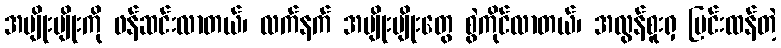
အမျိုးမျိုးကို ဖန်ဆင်းလာတယ်၊ လက်နက် အမျိုးမျိုးတွေ စွဲကိုင်လာတယ်၊ အလွန်စူးရှ ပြင်းထန်တဲ့